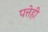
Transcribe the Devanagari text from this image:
पत्तेही